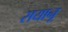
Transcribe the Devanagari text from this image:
सयानू